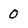
Character: 0